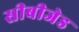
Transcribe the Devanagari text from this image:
सीबीजेड